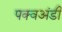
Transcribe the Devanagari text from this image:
पक्वअंडी